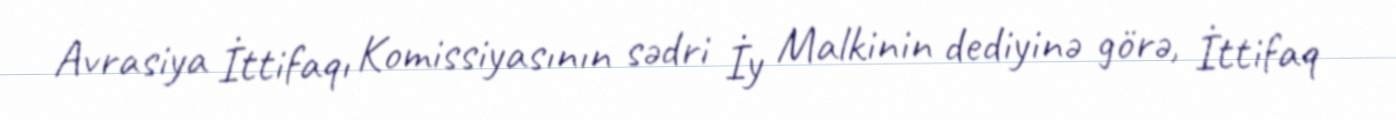
Avrasiya İttifaqı Komissiyasının sədri İy Malkinin dediyinə görə, İttifaq